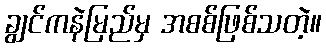
ချွင်ကနဲမြည်မှ အစစ်ဖြစ်သတဲ့။